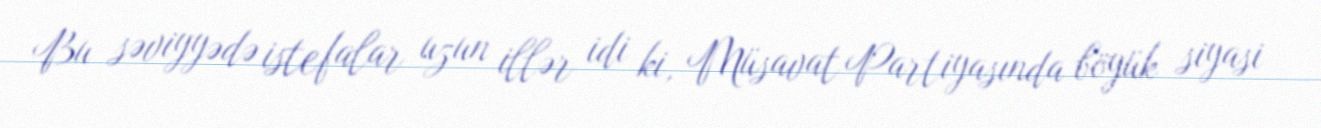
Bu səviyyədə istefalar uzun illər idi ki, Müsavat Partiyasında böyük siyasi